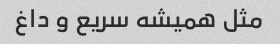
مثل همیشه سریع و داغ